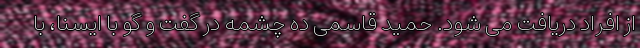
از افراد دریافت می شود. حمید قاسمی ده چشمه در گفت و گو با ایسنا، با